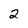
Character: 2